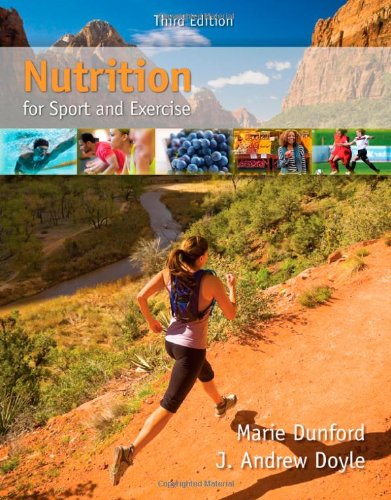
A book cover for Nutrition for Sport and Exercise; Marie Dunford; Medical Books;